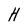
Character: H